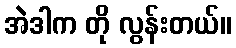
အဲဒါက တို လွန်းတယ်။